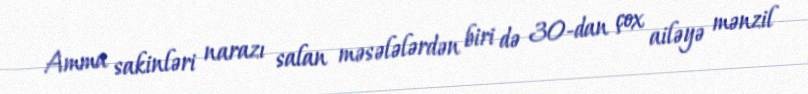
Amma sakinləri narazı salan məsələlərdən biri də 30-dan çox ailəyə mənzil